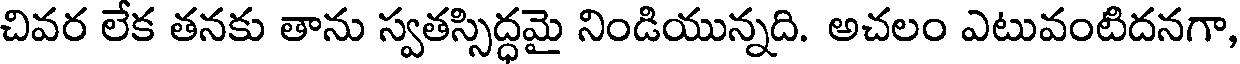
చివర లేక తనకు తాను స్వతస్సిద్ధమై నిండియున్నది. అచలం ఎటువంటిదనగా,